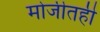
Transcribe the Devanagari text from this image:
मोजीतही